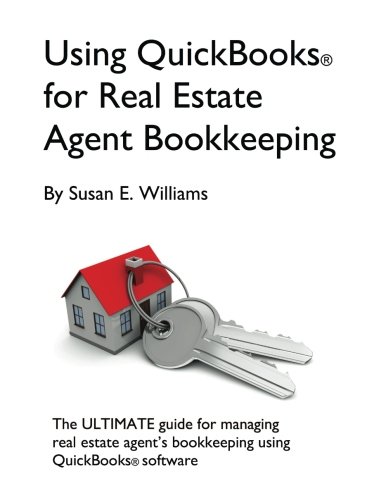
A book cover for Using QuickBooks for Real Estate Agent Bookkeeping; Susan Williams; Computers & Technology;